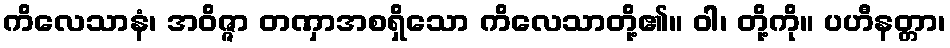
ကိလေသာနံ၊ အဝိဇ္ဇာ တဏှာအစရှိသော ကိလေသာတို့၏။ ဝါ၊ တို့ကို။ ပဟီနတ္တာ၊